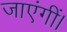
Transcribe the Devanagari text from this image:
जाएंगीं।